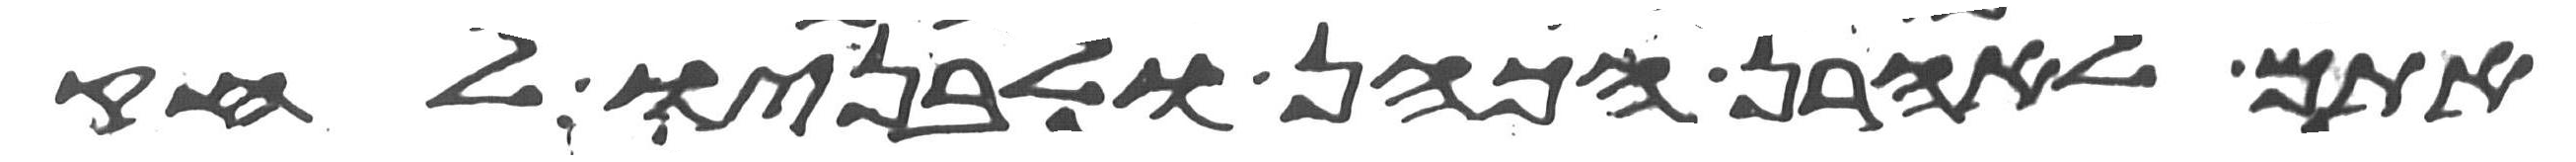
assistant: אתם לאהרן הכהן ולבניו לחק